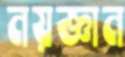
নয়জ্ঞান